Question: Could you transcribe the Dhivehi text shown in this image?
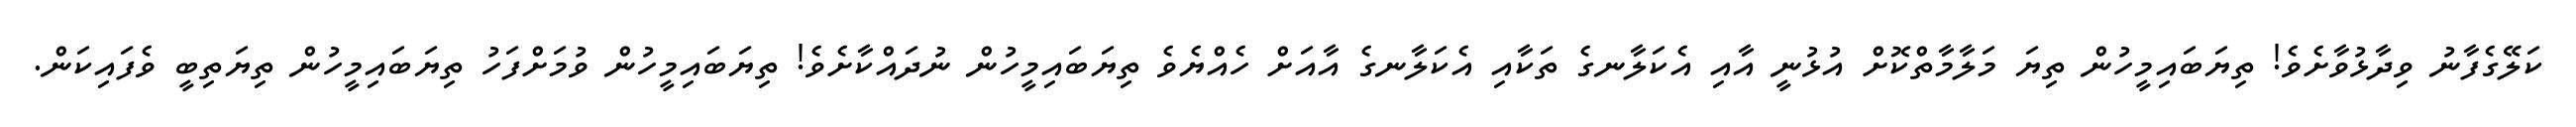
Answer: ކަލޭގެފާނު ވިދާޅުވާށެވެ! ތިޔަބައިމީހުން ތިޔަ މަލާމާތްކޮށް އުޅުނީ އާއި އެކަލާނގެ ތަކާއި އެކަލާނގެ އާއަށް ހެއްޔެވެ ތިޔަބައިމީހުން ނުދައްކާށެވެ! ތިޔަބައިމީހުން ވުމަށްފަހު ތިޔަބައިމީހުން ތިޔަތިބީ ވެފައިކަން.